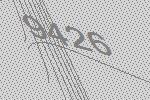
9426